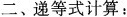
二、递等式计算：